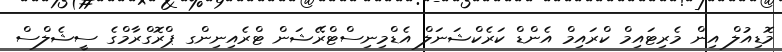
މޮޑިއުލް އިން މެރިޓައިމް ކްރައިމް އެންޑް ކަރެކްޝަނަލް އެޑްމިނިސްޓްރޭޝަން ޓްރެއިނިންގ ޕްރޮގްރާމްގެ ސީޝެލްސް